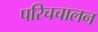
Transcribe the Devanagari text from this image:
परिचचालन